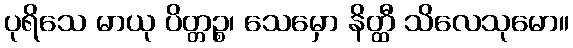
ပုရိသေ မာယု ပိတ္တဉ္စ၊ သေမှော နိတ္ထီ သိလေသုမော။